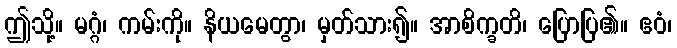
ဤသို့။ မဂ္ဂံ၊ ကမ်းကို။ နိယမေတွာ၊ မှတ်သား၍။ အာစိက္ခတိ၊ ပြောပြ၏။ ဧဝံ၊